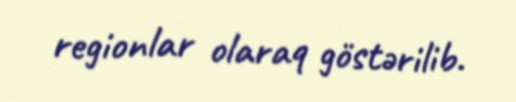
regionlar olaraq göstərilib.